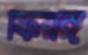
ফিরঙ্গ